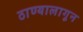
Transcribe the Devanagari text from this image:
ठाण्यालागून